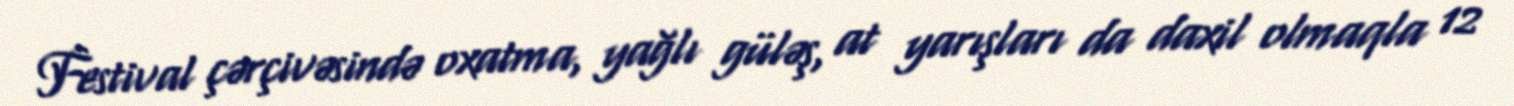
Festival çərçivəsində oxatma, yağlı güləş, at yarışları da daxil olmaqla 12